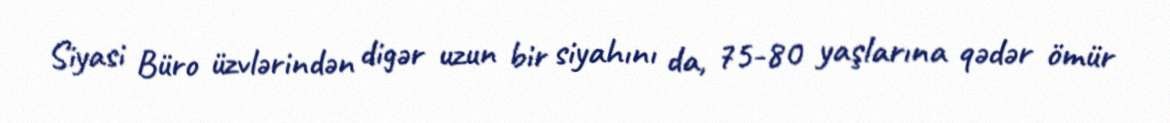
Siyasi Büro üzvlərindən digər uzun bir siyahını da, 75-80 yaşlarına qədər ömür